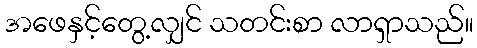
အဖေနှင့်တွေ့လျှင် သတင်းစာ လာရှာသည်။